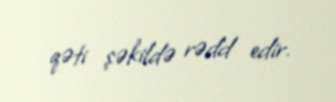
qəti şəkildə rədd edir.